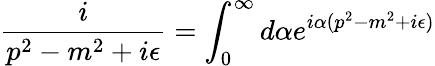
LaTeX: \frac{i}{p^{2}-m^{2}+i\epsilon}=\int_{0}^{\infty}d\alpha e^{i\alpha(p^{2}-m^{2}+i\epsilon)}